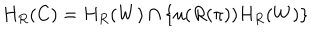
H _ { R } ( C ) = H _ { R } ( W ) \cap \left\{ u ( R ( \pi ) ) H _ { R } ( W ) \right\}